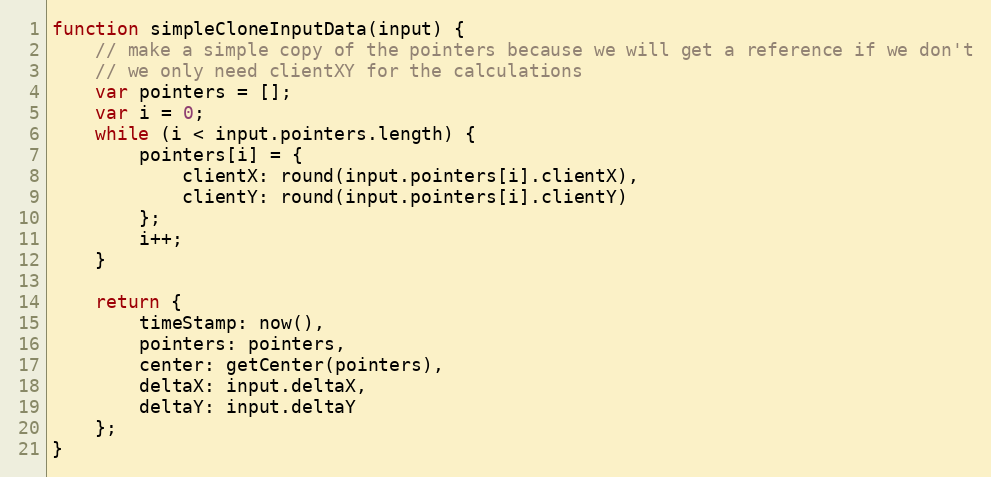
Language: JavaScript
function simpleCloneInputData(input) {
    // make a simple copy of the pointers because we will get a reference if we don't
    // we only need clientXY for the calculations
    var pointers = [];
    var i = 0;
    while (i < input.pointers.length) {
        pointers[i] = {
            clientX: round(input.pointers[i].clientX),
            clientY: round(input.pointers[i].clientY)
        };
        i++;
    }

    return {
        timeStamp: now(),
        pointers: pointers,
        center: getCenter(pointers),
        deltaX: input.deltaX,
        deltaY: input.deltaY
    };
}